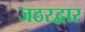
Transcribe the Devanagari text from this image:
जठरद्वार